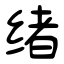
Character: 绪